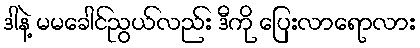
ဒါနဲ့ မမခေါင်ညွယ်လည်း ဒီကို ပြေးလာရောလား